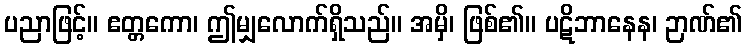
ပညာဖြင့်။ ဧတ္တကော၊ ဤမျှလောက်ရှိသည်။ အမှိ၊ ဖြစ်၏။ ပဋိဘာနေန၊ ဉာဏ်၏